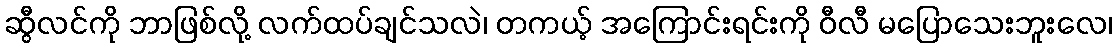
ဆွီလင်ကို ဘာဖြစ်လို့ လက်ထပ်ချင်သလဲ၊ တကယ့် အကြောင်းရင်းကို ဝီလီ မပြောသေးဘူးလေ၊